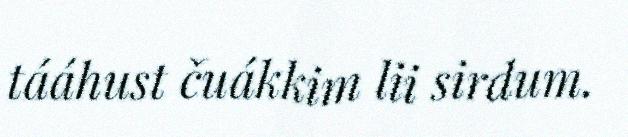
tááhust čuákkim lii sirdum.